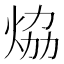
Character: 㶸